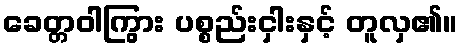
ခေတ္တဝါကြွား ပစ္စည်းငှါးနှင့် တူလှ၏။